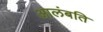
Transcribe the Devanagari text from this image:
आलंबति